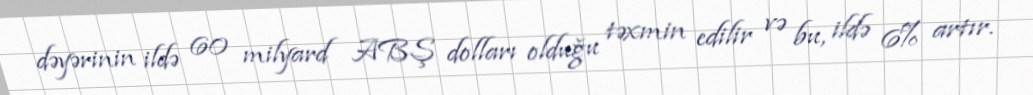
dəyərinin ildə 60 milyard ABŞ dolları olduğu təxmin edilir və bu, ildə 6% artır.